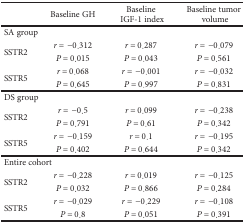
<table><thead><tr><td></td><td><b>Baseline GH</b></td><td><b>Baseline IGF-1 index</b></td><td><b>Baseline tumor volume</b></td></tr></thead><tbody><tr><td colspan="4">SA group</td></tr><tr><td rowspan="2">SSTR2</td><td><i>r</i> = −0.312</td><td><i>r</i> = 0.287</td><td><i>r</i> = −0.079</td></tr><tr><td><i>P</i> = 0.015</td><td><i>P</i> = 0.043</td><td><i>P</i> = 0.561</td></tr><tr><td rowspan="2">SSTR5</td><td><i>r</i> = 0.068</td><td><i>r</i> = −0.001</td><td><i>r</i> = −0.032</td></tr><tr><td><i>P</i> = 0.645</td><td><i>P</i> = 0.997</td><td><i>P</i> = 0.831</td></tr><tr><td colspan="4">DS group</td></tr><tr><td rowspan="2">SSTR2</td><td><i>r</i> = −0.5</td><td><i>r</i> = 0.099</td><td><i>r</i> = −0.238</td></tr><tr><td><i>P</i> = 0.791</td><td><i>P</i> = 0.61</td><td><i>P</i> = 0.342</td></tr><tr><td rowspan="2">SSTR5</td><td><i>r</i> = −0.159</td><td><i>r</i> = 0.1</td><td><i>r</i> = −0.195</td></tr><tr><td><i>P</i> = 0.402</td><td><i>P</i> = 0.644</td><td><i>P</i> = 0.342</td></tr><tr><td colspan="4">Entire cohort</td></tr><tr><td rowspan="2">SSTR2</td><td><i>r</i> = −0.228</td><td><i>r</i> = 0.019</td><td><i>r</i> = −0.125</td></tr><tr><td><i>P</i> = 0.032</td><td><i>P</i> = 0.866</td><td><i>P</i> = 0.284</td></tr><tr><td rowspan="2">SSTR5</td><td><i>r</i> = −0.029</td><td><i>r</i> = −0.229</td><td><i>r</i> = −0.108</td></tr><tr><td><i>P</i> = 0.8</td><td><i>P</i> = 0.051</td><td><i>P</i> = 0.391</td></tr></tbody></table>